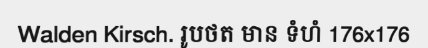
Walden Kirsch. រូបថត មាន ទំហំ 176x176